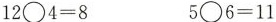
$$12\bigcirc 4=8$$ $$5\bigcirc 6=11